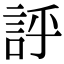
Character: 𧦝